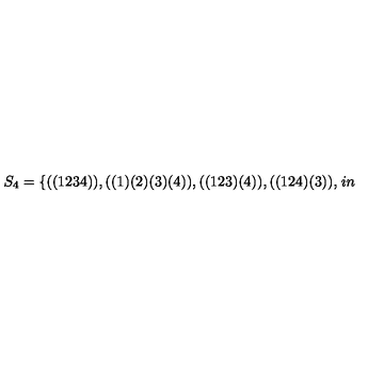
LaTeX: S _ { 4 } = \{ ( ( 1 2 3 4 ) ) , ( ( 1 ) ( 2 ) ( 3 ) ( 4 ) ) , ( ( 1 2 3 ) ( 4 ) ) , ( ( 1 2 4 ) ( 3 ) ) , \hspace { 1 i n }